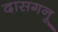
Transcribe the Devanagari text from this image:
दासगनू